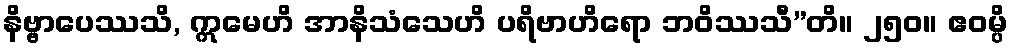
နိဗ္ဗာပေဿသိ, ဣမေဟိ အာနိသံသေဟိ ပရိဗာဟိရော ဘဝိဿသီ”တိ။ ၂၅၀။ ဧဝမ္ပိ